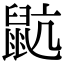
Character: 𪕇